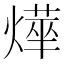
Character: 𭶂